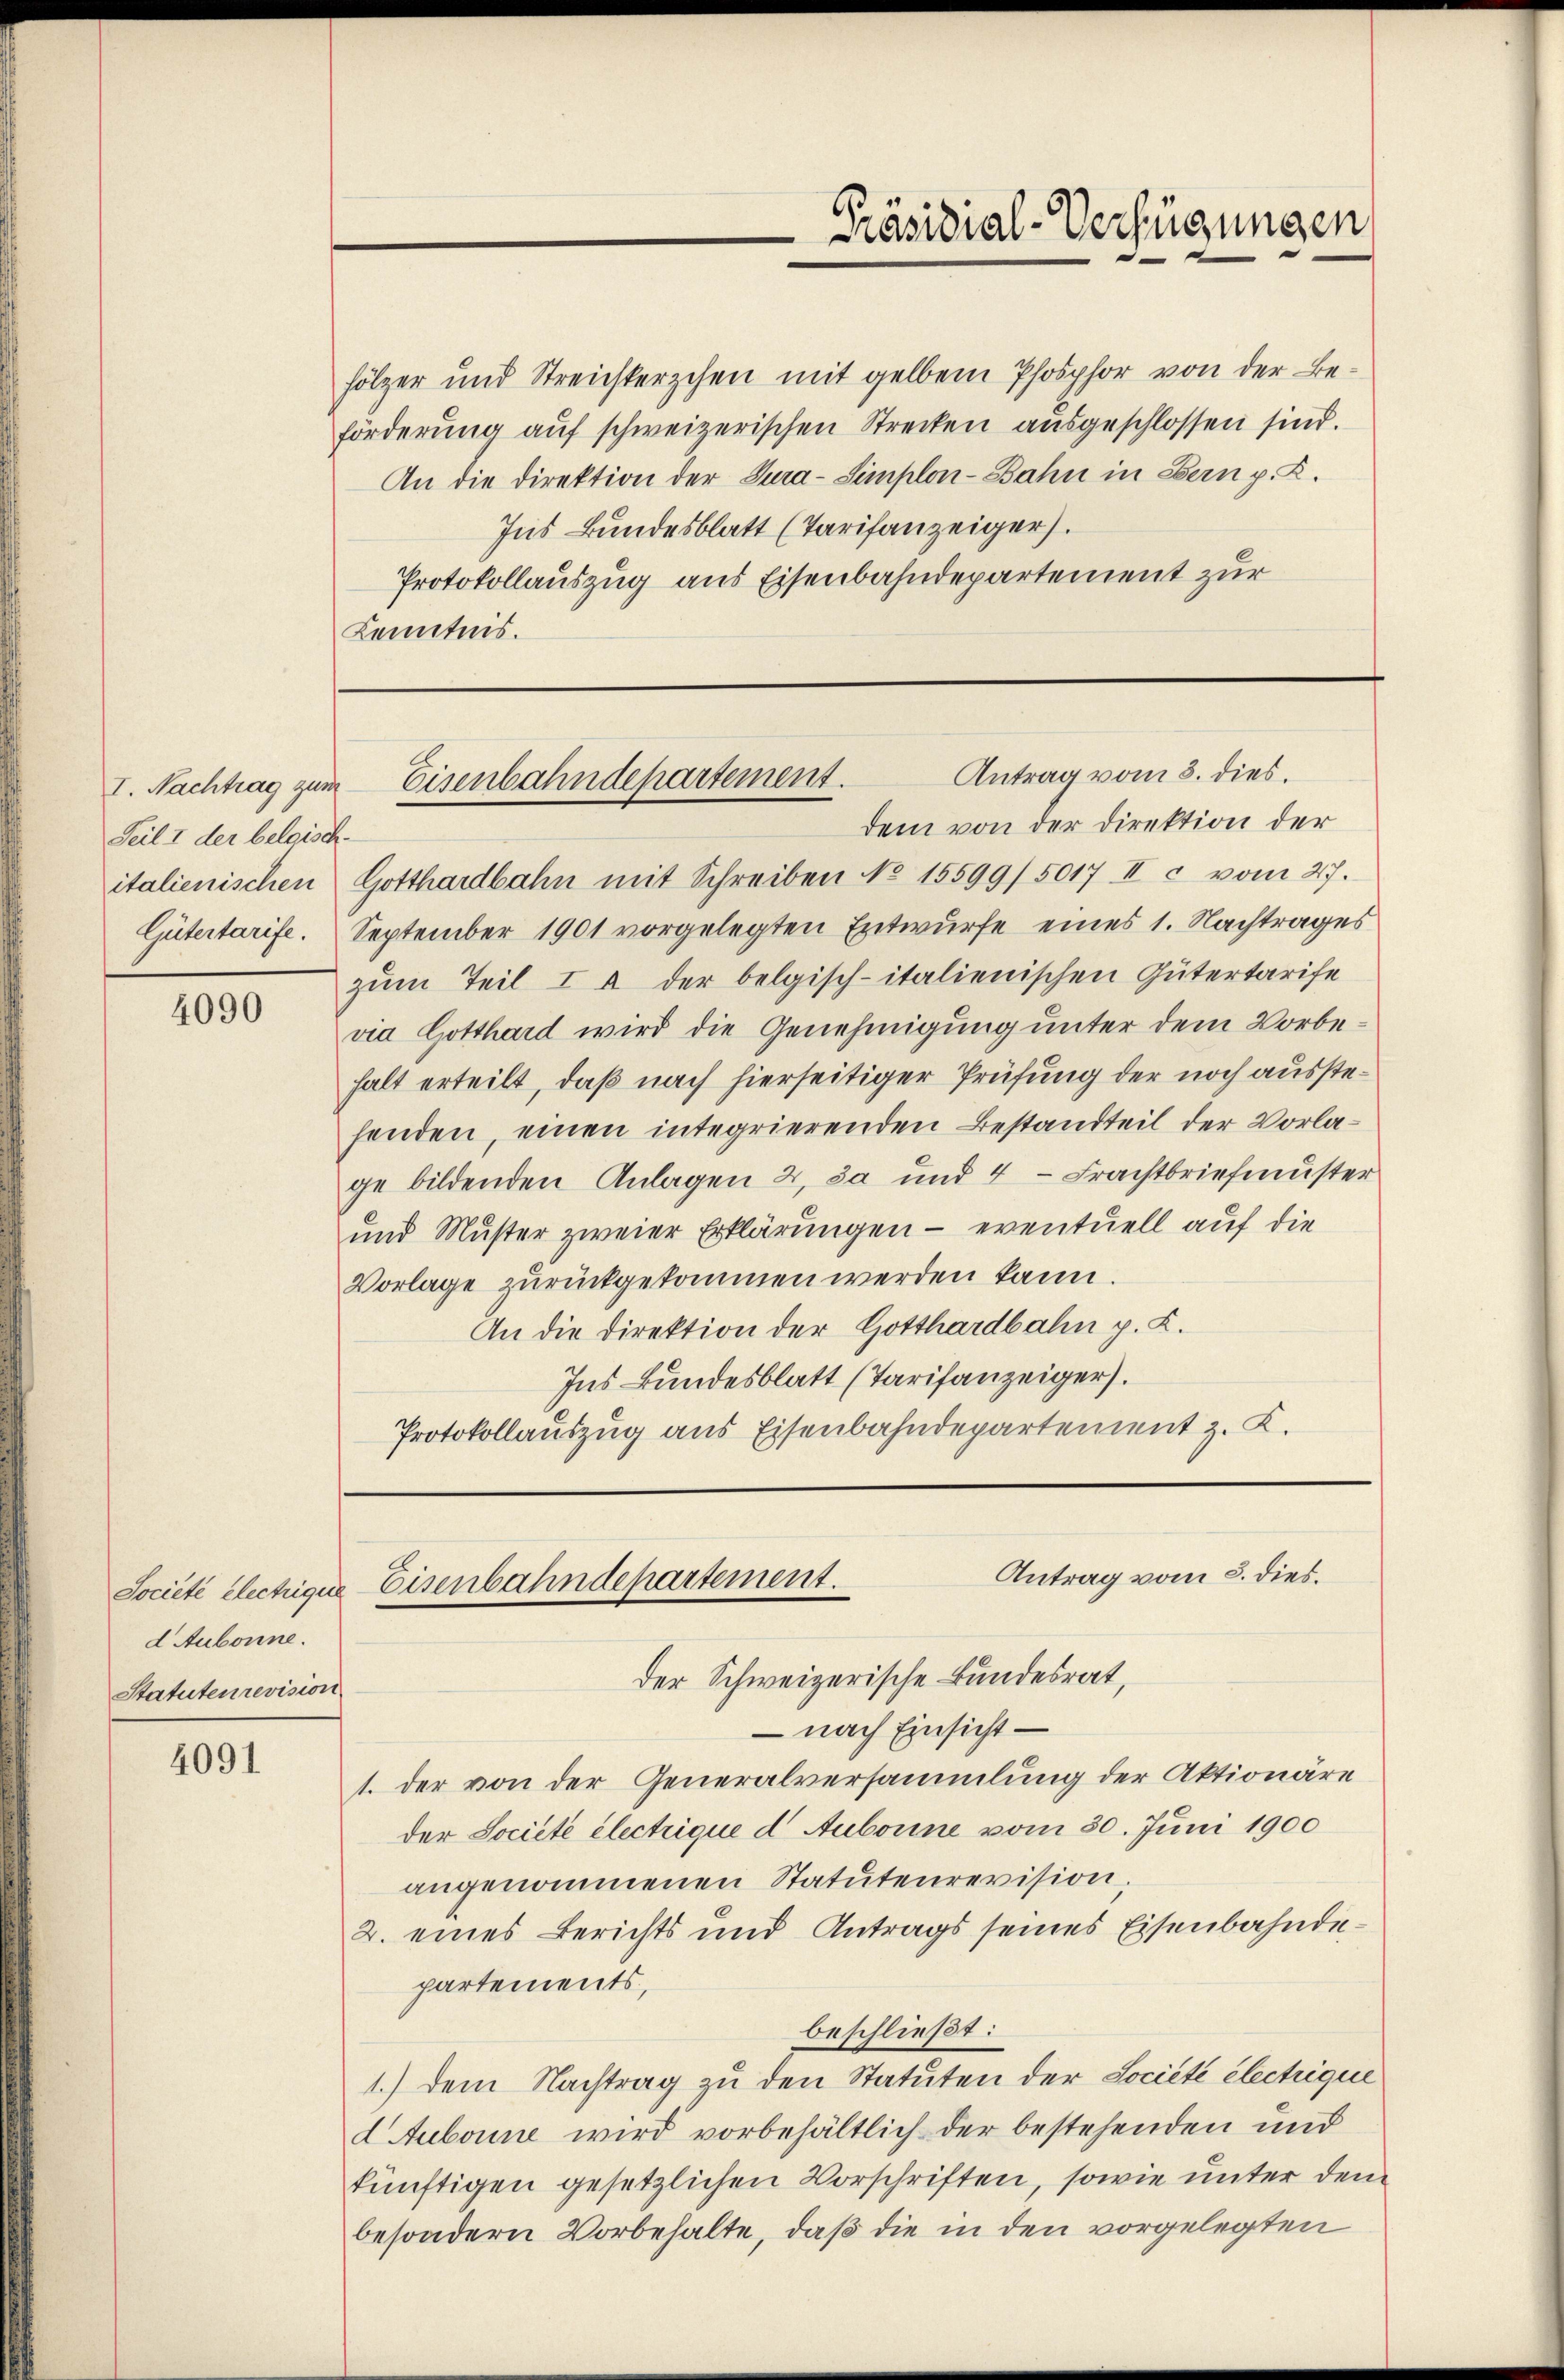
Teil I der belgisch.
Gütertarife.

4090

hölzer und Streichterschen mit gelben Phosphor von der Beförderŭng aŭf schweizerischen Strecken aŭsgeschlossen sind.
An die Direktion der Jura-Simplon-Bahn in Bern p. R.
Ins Bundesblatt (Tarifanzeiger).
Protokollauszug aus Eisenbahndepartement zur
Kenntnis.

d Aubonne.
Statuten revision

4091

dem von der Direktion der
italienischen Gotthardbahn mit Schreiben No 15599/5017 II c vom 27.
September 1901 vorgelegten Entwurfe eines 1. Nachtrages
zum Teil I a der belgisch-italienischen Gütertarife
via Gotthard wird die Genehmigung unter dem Vorbehalt erteilt, daß nach hierseitiger Prüfung der noch ausstehenden, einen integrierenden Bestandteil der Vorlage bildenden Anlagen 2, da und 4 - Frachtbriefmuster
und Muster zweier Erklärungen — eventuell auf die
Vorlage zurückgekommen werden kann.
An die Direktion der Gotthardbahn p. K.
Ins Bundesblatt (Tarifanzeiger.
Protokollauszug aus Eisenbahndepartement z. K.

Präsidial-Verfügungen.

Antrag vom 3. dies.
I. Nachtrag zum Eisenbahndepartement.

Antrag vom 8. dies.
Societé electrigue Eisenbahndepartement.

der Schweizerische Bundesrat,
– nach Einsicht
1. der von der Generalversammlung der Aktionäre
der Societe electrique d' Aubonne vom 30. Juni 1900
angenommenen Statutenrevision;
2. eines Berichts und Antrags seines Eisenbahndepartements,
beschließt:
1.) dem Nachtrag zu den Statuten der Société électrique
2 Aubonne wird vorbehältlich der bestehenden und
künftigen gesetzlichen Vorschriften, sowie unter dem
besondern Vorbehalte, daß die in den vorgelegten